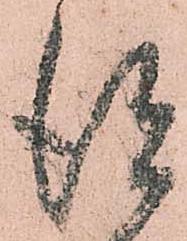
得